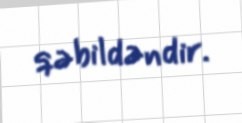
qəbildəndir.